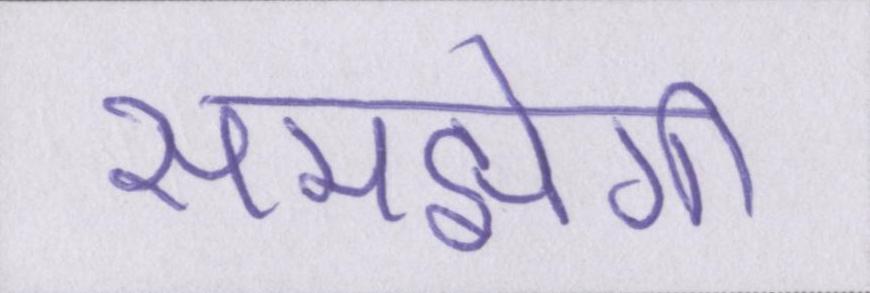
समझेगी